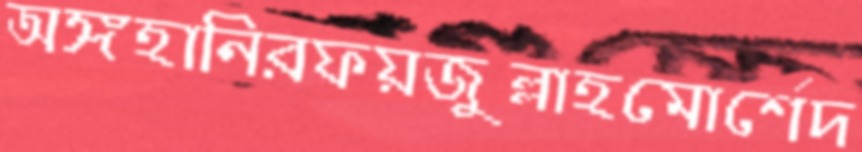
অঙ্গহানিরফয়জুল্লাহমোর্শেদ